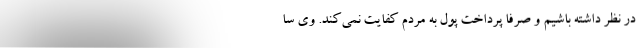
در نظر داشته باشیم و صرفا پرداخت پول به مردم کفایت نمی‌کند. وی سا